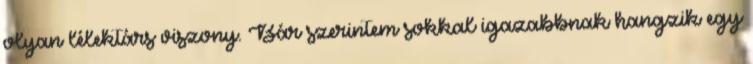
olyan lélektárs viszony. Bár szerintem sokkal igazabbnak hangzik egy